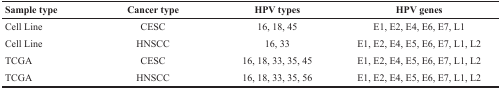
<table><thead><tr><td><b>Sample type</b></td><td><b>Cancer type</b></td><td><b>HPV types</b></td><td><b>HPV genes</b></td></tr></thead><tbody><tr><td>Cell Line</td><td>CESC</td><td>16, 18, 45</td><td>E1, E2, E4, E6, E7, L1</td></tr><tr><td>Cell Line</td><td>HNSCC</td><td>16, 33</td><td>E1, E2, E4, E5, E6, E7, L1, L2</td></tr><tr><td>TCGA</td><td>CESC</td><td>16, 18, 33, 35, 45</td><td>E1, E2, E4, E5, E6, E7, L1, L2</td></tr><tr><td>TCGA</td><td>HNSCC</td><td>16, 18, 33, 35, 56</td><td>E1, E2, E4, E5, E6, E7, L1, L2</td></tr></tbody></table>